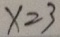
x = 3